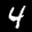
Label: 4